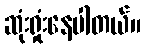
ဆုံးရှုံးနေပါတယ်။